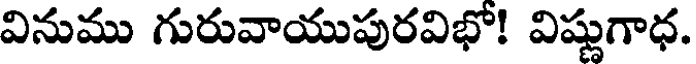
వినుము గురువాయుపురవిభో! విష్ణుగాధ.